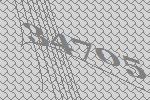
34705